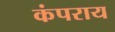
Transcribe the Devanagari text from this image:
कंपराय